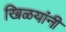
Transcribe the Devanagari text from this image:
खिळयांनी